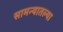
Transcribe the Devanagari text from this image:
सामन्यातल्या